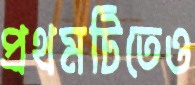
প্রথমটিতেও